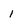
Character: 1